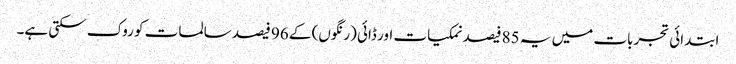
ابتدائی تجربات میں یہ 85 فیصد نمکیات اور ڈائی (رنگوں) کے 96 فیصد سالمات کو روک سکتی ہے۔